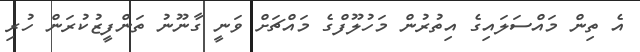
އެ ތިން މައްސަލައިގެ އިތުރުން މަހުލޫފްގެ މައްޗަށް ވަނީ ގާނޫނު ތަންފީޒުކުރަން ހުރި